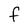
Character: f